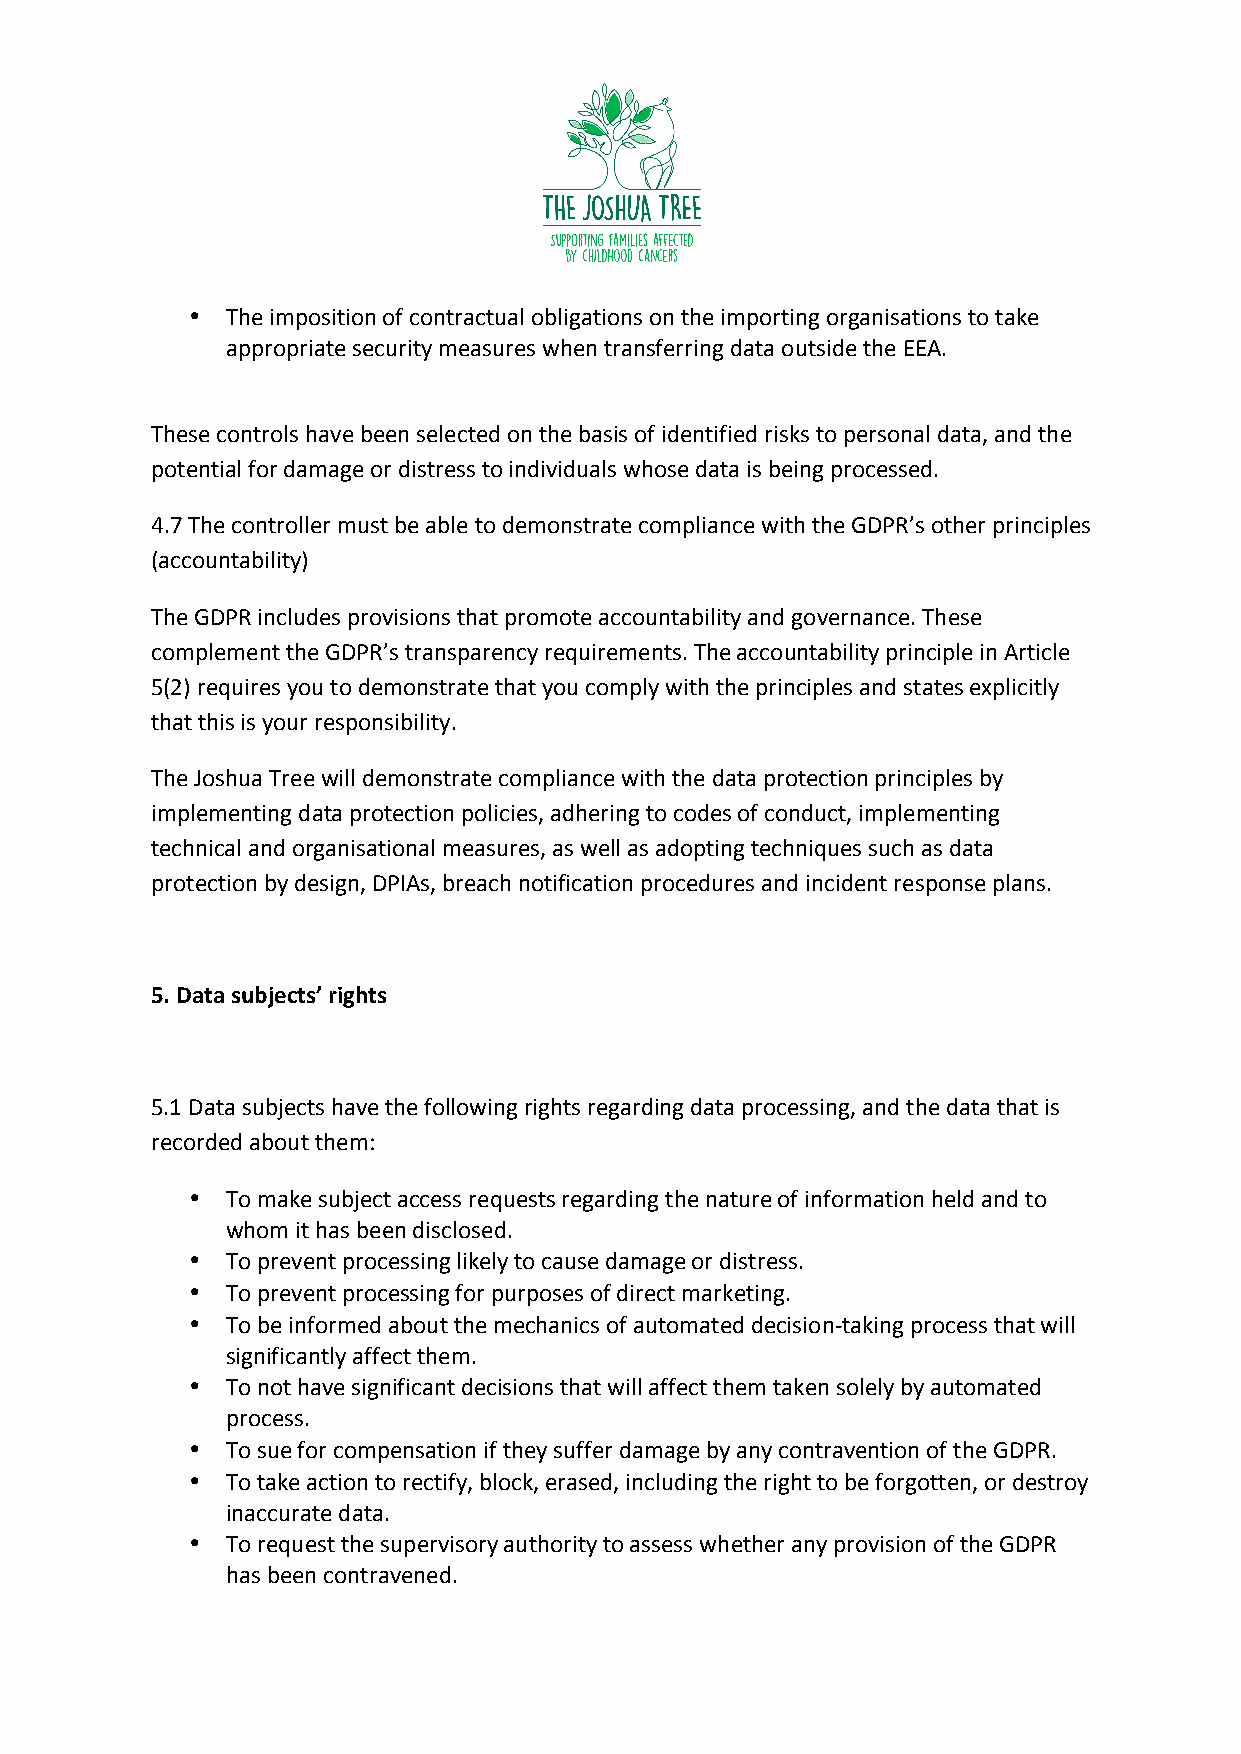
•  The imposition of contractual obligations on the importing organisations to take
 appropriate security measures when transferring data outside the EEA.
 These controls have been selected on the basis of identified risks to personal data, and the
 potential for damage or distress to individuals whose data is being processed.
 4.7 The controller must be able to demonstrate compliance with the GDPR’s other principles
 (accountability)
 The GDPR includes provisions that promote accountability and governance. These
 complement the GDPR’s transparency requirements. The accountability principle in Article
 5(2) requires you to demonstrate that you comply with the principles and states explicitly
 that this is your responsibility.
 The Joshua Tree will demonstrate compliance with the data protection principles by
 implementing data protection policies, adhering to codes of conduct, implementing
 technical and organisational measures, as well as adopting techniques such as data
 protection by design, DPIAs, breach notification procedures and incident response plans.
 5. Data subjects’ rights
 5.1 Data subjects have the following rights regarding data processing, and the data that is
 recorded about them:
 •  To make subject access requests regarding the nature of information held and to
 whom it has been disclosed.
 •  To prevent processing likely to cause damage or distress.
 •  To prevent processing for purposes of direct marketing.
 •  To be informed about the mechanics of automated decision-taking process that will
 significantly affect them.
 •  To not have significant decisions that will affect them taken solely by automated
 process.
 •  To sue for compensation if they suffer damage by any contravention of the GDPR.
 •  To take action to rectify, block, erased, including the right to be forgotten, or destroy
 inaccurate data.
 •  To request the supervisory authority to assess whether any provision of the GDPR
 has been contravened.